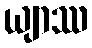
ယျာဿ